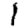
Digit: 1